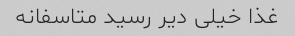
غذا خیلی دیر رسید متاسفانه